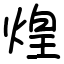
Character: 煌